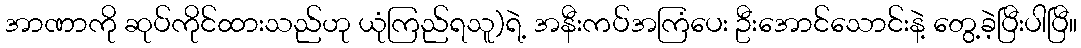
အာဏာကို ဆုပ်ကိုင်ထားသည်ဟု ယုံကြည်ရသူ)ရဲ့ အနီးကပ်အကြံပေး ဦးအောင်သောင်းနဲ့ တွေ့ခဲ့ပြီးပါပြီ။